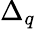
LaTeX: \Delta_{q}